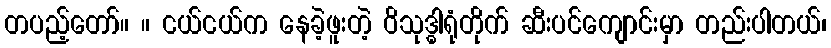
တပည့်တော်။ ။ ငယ်ငယ်က နေခဲ့ဖူးတဲ့ ဝိသုဒ္ဓါရုံတိုက် ဆီးပင်ကျောင်းမှာ တည်းပါတယ်၊